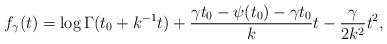
LaTeX: \begin{align*} f_{\gamma}(t) = \log\Gamma(t_0 + k^{-1} t) + \frac{\gamma t_0 - \psi(t_0) - \gamma t_0}{k}t - \frac{\gamma}{2k^2}t^2, \end{align*}